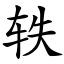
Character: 轶